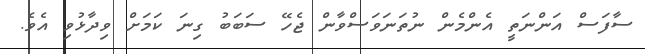
ސާފަސް އަންނަތީ އެންމެން ނުތަނަވަސްވާން ޖެހޭ ސަބަބު ގިނަ ކަމަށް ވިދާޅުވި އެވެ.